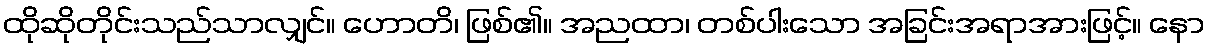
ထိုဆိုတိုင်းသည်သာလျှင်။ ဟောတိ၊ ဖြစ်၏။ အညထာ၊ တစ်ပါးသော အခြင်းအရာအားဖြင့်။ နော